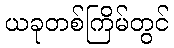
ယခုတစ်ကြိမ်တွင်